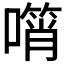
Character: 𠿫